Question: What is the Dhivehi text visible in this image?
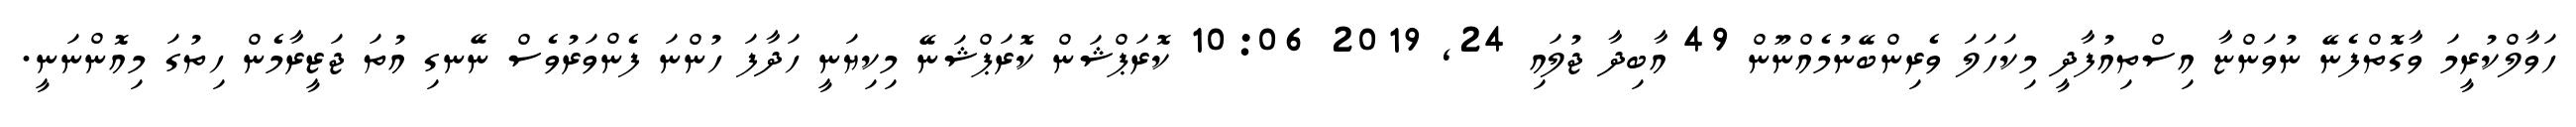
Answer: ހަވާލްކުރީމަ ވާގޮތްފެނޭ ނުވަންޏާ އިސްތިއުފާދީ މިކަހަލަ ވެރިންބޭނުމެއްނޫން 49 އާބިދާ ޖުލައި 24, 2019 10:06 ކޮރަޕްޝަން ކޮރަޕްޝަނޭ މިކިޔަނީ ހަދާފަ ހުންނަ ފެންވަރުވެސް ނޭނގި އުތަ ޖަޒީރާމެން ހިތުގަ މިއޮންނަނީ.